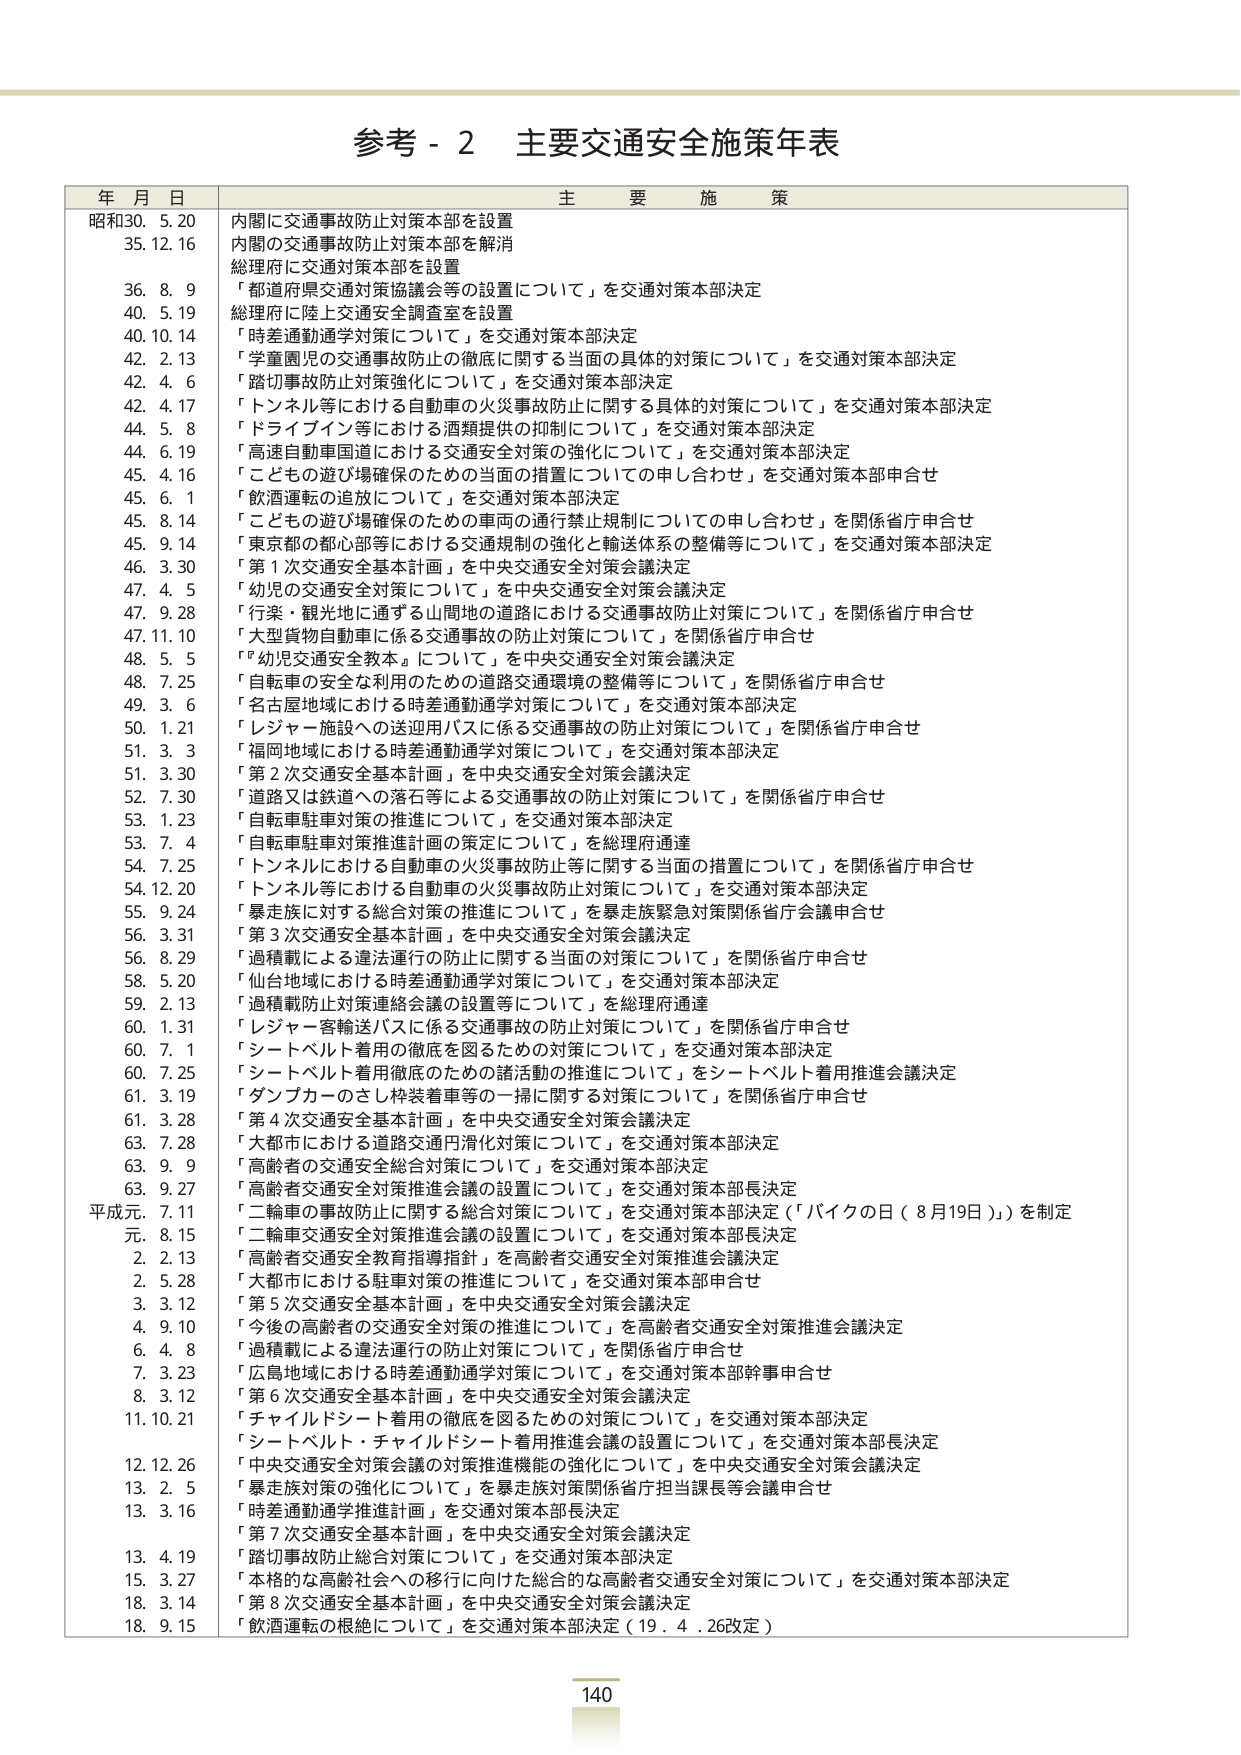
参考 - 2 主要交通安全施策年表

年 月 日 主 要 施 策

昭和30. 5. 20 内閣に交通事故防止対策本部を設置
35. 12. 16 内閣の交通事故防止対策本部を解消
総理府に交通対策本部を設置
36. 8. 9 「都道府県交通対策協議会等の設置について」を交通対策本部決定
40. 5. 19 総理府に陸上交通安全調査室を設置
40. 10. 14 「時差通勤通学対策について」を交通対策本部決定
42. 2. 13 「学童園児の交通事故防止の徹底に関する当面の具体的対策について」を交通対策本部決定
42. 4. 6 「踏切事故防止対策強化について」を交通対策本部決定
42. 4. 17 「トンネル等における自動車の火災事故防止に関する具体的対策について」を交通対策本部決定
44. 5. 8 「ドライブイン等における酒類提供の抑制について」を交通対策本部決定
44. 6. 19 「高速自動車国道における交通安全対策の強化について」を交通対策本部決定
45. 4. 16 「こどもの遊び場確保のための当面の措置についての申し合わせ」を交通対策本部申合せ
45. 6. 1 「飲酒運転の追放について」を交通対策本部決定
45. 8. 14 「こどもの遊び場確保のための車両の通行禁止規制についての申し合わせ」を関係省庁申合せ
45. 9. 14 「東京都の都心部等における交通規制の強化と輸送体系の整備等について」を交通対策本部決定
46. 3. 30 「第1次交通安全基本計画」を中央交通安全対策会議決定
47. 4. 5 「幼児の交通安全対策について」を中央交通安全対策会議決定
47. 9. 28 「行楽・観光地に通ずる山間地の道路における交通事故防止対策について」を関係省庁申合せ
47. 11. 10 「大型貨物自動車に係る交通事故の防止対策について」を関係省庁申合せ
48. 5. 5 「『幼児交通安全教本』について」を中央交通安全対策会議決定
48. 7. 25 「自転車の安全な利用のための道路交通環境の整備等について」を関係省庁申合せ
49. 3. 6 「名古屋地域における時差通勤通学対策について」を交通対策本部決定
50. 1. 21 「レジャー施設への送迎用バスに係る交通事故の防止対策について」を関係省庁申合せ
51. 3. 3 「福岡地域における時差通勤通学対策について」を交通対策本部決定
51. 3. 30 「第2次交通安全基本計画」を中央交通安全対策会議決定
52. 7. 30 「道路又は鉄道への落石等による交通事故の防止対策について」を関係省庁申合せ
53. 1. 23 「自転車駐車対策の推進について」を交通対策本部決定
53. 7. 4 「自転車駐車対策推進計画の策定について」を総理府通達
54. 7. 25 「トンネルにおける自動車の火災事故防止等に関する当面の措置について」を関係省庁申合せ
54. 12. 20 「トンネル等における自動車の火災事故防止対策について」を交通対策本部決定
55. 9. 24 「暴走族に対する総合対策の推進について」を暴走族緊急対策関係省庁会議申合せ
56. 3. 31 「第3次交通安全基本計画」を中央交通安全対策会議決定
56. 8. 29 「過積載による違法運行の防止に関する当面の対策について」を関係省庁申合せ
58. 5. 20 「仙台地域における時差通勤通学対策について」を交通対策本部決定
59. 2. 13 「過積載防止対策連絡会議の設置等について」を総理府通達
60. 1. 31 「レジャー客輸送バスに係る交通事故の防止対策について」を関係省庁申合せ
60. 7. 1 「シートベルト着用の徹底を図るための対策について」を交通対策本部決定
60. 7. 25 「シートベルト着用徹底のための諸活動の推進について」をシートベルト着用推進会議決定
61. 3. 19 「ダンプカーのさし枠装着車等の一掃に関する対策について」を関係省庁申合せ
61. 3. 28 「第4次交通安全基本計画」を中央交通安全対策会議決定
63. 7. 28 「大都市における道路交通円滑化対策について」を交通対策本部決定
63. 9. 9 「高齢者の交通安全総合対策について」を交通対策本部決定
63. 9. 27 「高齢者交通安全対策推進会議の設置について」を交通対策本部長決定
平成元. 7. 11 「二輪車の事故防止に関する総合対策について」を交通対策本部決定（「バイクの日（8月19日）」を制定
8. 15 「二輪車交通安全対策推進会議の設置について」を交通対策本部長決定
2. 2. 13 「高齢者交通安全教育指導指針」を高齢者交通安全対策推進会議決定
2. 5. 28 「大都市における駐車対策の推進について」を交通対策本部申合せ
3. 3. 12 「第5次交通安全基本計画」を中央交通安全対策会議決定
4. 9. 10 「今後の高齢者の交通安全対策の推進について」を高齢者交通安全対策推進会議決定
6. 4. 8 「過積載による違法運行の防止対策について」を関係省庁申合せ
7. 3. 23 「広島地域における時差通勤通学対策について」を交通対策本部幹事申合せ
8. 3. 12 「第6次交通安全基本計画」を中央交通安全対策会議決定
11. 10. 21 「チャイルドシート着用の徹底を図るための対策について」を交通対策本部決定
「シートベルト・チャイルドシート着用推進会議の設置について」を交通対策本部長決定
12. 12. 26 「中央交通安全対策会議の対策推進機能の強化について」を中央交通安全対策会議決定
13. 2. 5 「暴走族対策の強化について」を暴走族対策関係省庁担当課長等会議申合せ
13. 3. 16 「時差通勤通学推進計画」を交通対策本部長決定
「第7次交通安全基本計画」を中央交通安全対策会議決定
13. 4. 19 「踏切事故防止総合対策について」を交通対策本部決定
15. 3. 27 「本格的な高齢社会への移行に向けた総合的な高齢者交通安全対策について」を交通対策本部決定
18. 3. 14 「第8次交通安全基本計画」を中央交通安全対策会議決定
18. 9. 15 「飲酒運転の根絶について」を交通対策本部決定（19. 4. 26改定）

140